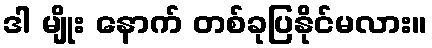
ဒါ မျိုး နောက် တစ်ခုပြနိုင်မလား။